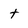
Character: t